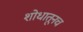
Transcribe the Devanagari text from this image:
शोधातूनच